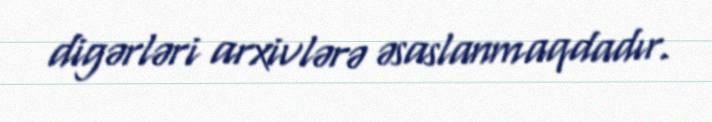
digərləri arxivlərə əsaslanmaqdadır.